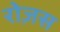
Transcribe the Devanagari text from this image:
रोज़स